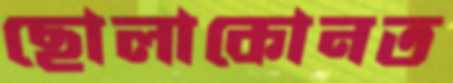
ছোলাকোনত